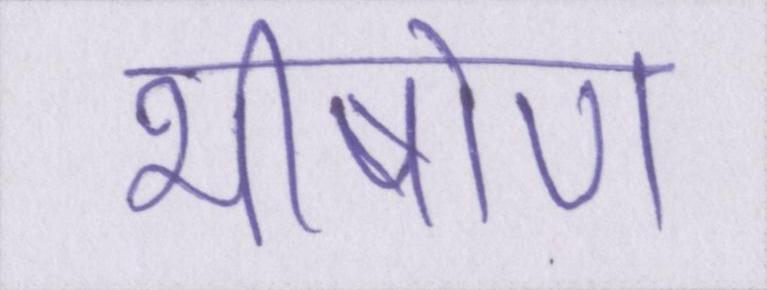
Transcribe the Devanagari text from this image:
भीषोण